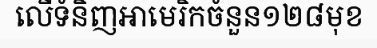
លើទំនិញអាមេរិកចំនួន១២៨មុខ